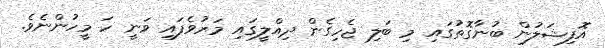
އޮފިޝަލުން ބުނާގޮތުގައި މި ބަލި ޖެހިގެން ދިއްލީގައި މަރުވެފައި ވަނީ ހަ މީހުންނެވެ.